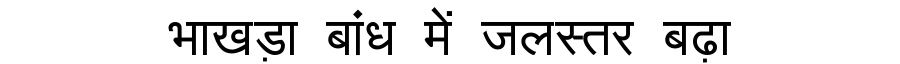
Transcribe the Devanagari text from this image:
भाखड़ा बांध में जलस्तर बढ़ा